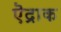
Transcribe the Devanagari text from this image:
ऎद्राक